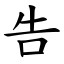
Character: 告